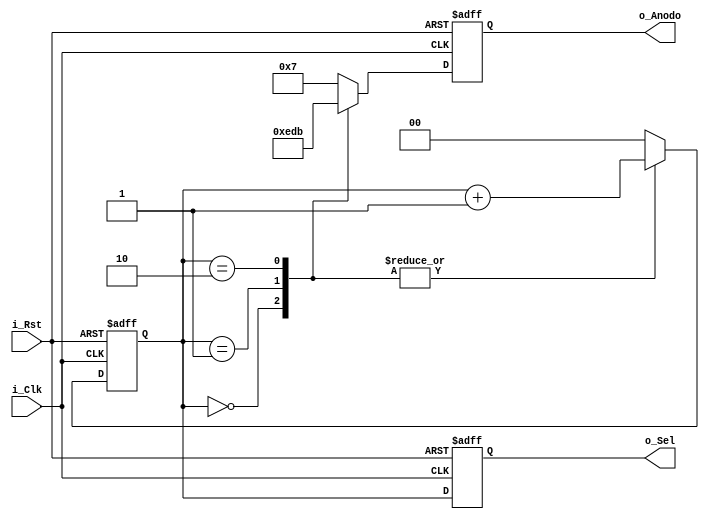
//Este componente crea un contador que itera de 0 a 3 Bin con cada pulso de
//reloj, al acabar la cuenta, vuelve al primer valor, con cada iteracion 
//pasa su valor a la salida o_Sel y tambien a o_Anodo pero en otro formato
module Contador_de_anillo(
    input i_Clk,
    input i_Rst,
    output reg [3:0] o_Anodo,//Como registros para poder pasar su valor
    output reg [1:0] o_Sel);//dentro del always

    reg [1:0] cont;//Se crea el contador que al tener un limite de 3 solo
                   //requiere de 2 bits

    //Se establece Clk y un Rst asicrono en la lista de sensitividad
    always @(posedge i_Rst, posedge i_Clk)
    begin
        if(i_Rst) begin//Reset asincrono
            o_Anodo<= 4'b0001;
            o_Sel<=2'b00;   
            cont<=2'b00;
        end 
        else begin
            case(cont)
                2'b00: begin
                    o_Anodo<= 4'b1110;//Se codifica en otro formato para
                                      //o_Anodo, en este caso, de un bit
                                      //a la vez 
                    o_Sel<=cont;//Con cada iteracion el contador pasa su 
                                //a o_Sel  
                    cont<=cont+1;
                end
                2'b01: begin
                    o_Anodo<= 4'b1101;
                    o_Sel<=cont;  
                    cont<=cont+1;
                end  
                2'b10: begin
                    o_Anodo<= 4'b1011;
                    o_Sel<=cont;  
                    cont<=cont+1;
                end
                default: begin 
                    o_Anodo<= 4'b0111;
                    o_Sel<=cont;  
                    cont<=2'b00;//Llega al limite, por lo que retorna
                                //a cero
                end
            endcase    
        end 
    end

endmodule